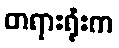
တရားရုံးက